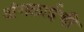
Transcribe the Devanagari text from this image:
अंगलाईची